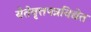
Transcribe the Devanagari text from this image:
येतेवृत्तपत्रविद्येत